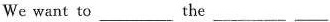
we want to ___ the ___ ___